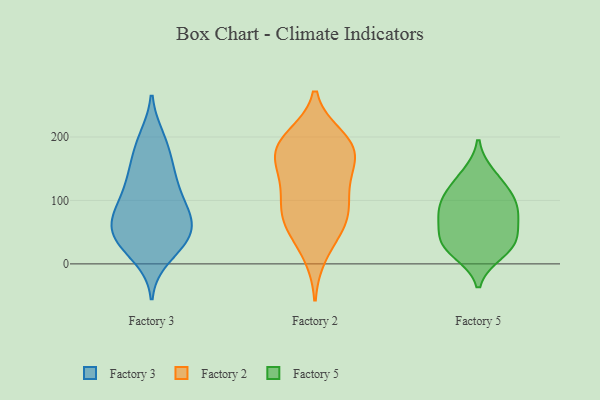
{"axis": {"x": "Net Income (USD K)", "y": "Value"}, "legend": ["Factory 2", "Factory 3", "Factory 5"], "data": [{"x": "", "y": 121, "type": "Factory 3"}, {"x": "", "y": 82, "type": "Factory 3"}, {"x": "", "y": 198, "type": "Factory 3"}, {"x": "", "y": 160, "type": "Factory 3"}, {"x": "", "y": 130, "type": "Factory 3"}, {"x": "", "y": 74, "type": "Factory 3"}, {"x": "", "y": 34, "type": "Factory 3"}, {"x": "", "y": 76, "type": "Factory 3"}, {"x": "", "y": 195, "type": "Factory 3"}, {"x": "", "y": 58, "type": "Factory 3"}, {"x": "", "y": 32, "type": "Factory 3"}, {"x": "", "y": 125, "type": "Factory 3"}, {"x": "", "y": 42, "type": "Factory 3"}, {"x": "", "y": 37, "type": "Factory 3"}, {"x": "", "y": 46, "type": "Factory 3"}, {"x": "", "y": 74, "type": "Factory 3"}, {"x": "", "y": 163, "type": "Factory 3"}, {"x": "", "y": 11, "type": "Factory 3"}, {"x": "", "y": 94, "type": "Factory 3"}, {"x": "", "y": 15, "type": "Factory 2"}, {"x": "", "y": 133, "type": "Factory 2"}, {"x": "", "y": 117, "type": "Factory 2"}, {"x": "", "y": 184, "type": "Factory 2"}, {"x": "", "y": 83, "type": "Factory 2"}, {"x": "", "y": 92, "type": "Factory 2"}, {"x": "", "y": 57, "type": "Factory 2"}, {"x": "", "y": 168, "type": "Factory 2"}, {"x": "", "y": 61, "type": "Factory 2"}, {"x": "", "y": 144, "type": "Factory 2"}, {"x": "", "y": 177, "type": "Factory 2"}, {"x": "", "y": 199, "type": "Factory 2"}, {"x": "", "y": 188, "type": "Factory 2"}, {"x": "", "y": 71, "type": "Factory 2"}, {"x": "", "y": 188, "type": "Factory 2"}, {"x": "", "y": 77, "type": "Factory 5"}, {"x": "", "y": 38, "type": "Factory 5"}, {"x": "", "y": 105, "type": "Factory 5"}, {"x": "", "y": 140, "type": "Factory 5"}, {"x": "", "y": 86, "type": "Factory 5"}, {"x": "", "y": 18, "type": "Factory 5"}, {"x": "", "y": 118, "type": "Factory 5"}, {"x": "", "y": 76, "type": "Factory 5"}, {"x": "", "y": 29, "type": "Factory 5"}, {"x": "", "y": 38, "type": "Factory 5"}]}